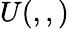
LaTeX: U(,,)